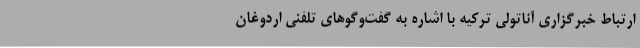
ارتباط خبرگزاری آناتولی ترکیه با اشاره به گفت‌وگوهای تلفنی اردوغان